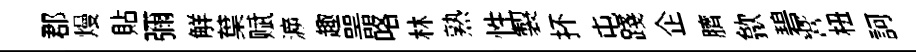
郡熳貼彌觧葉赋㴑趣噐咯林熟性製抔屯踐企臍歙碧響杻訶